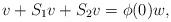
LaTeX: \begin{align*}v+S_1v+S_2v=\phi(0)w,\end{align*}